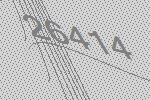
26414